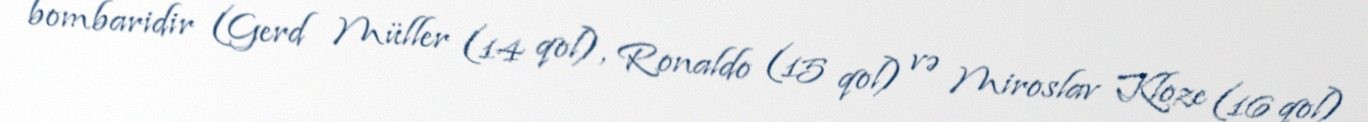
bombaridir (Gerd Müller (14 qol), Ronaldo (15 qol) və Miroslav Kloze (16 qol)